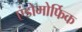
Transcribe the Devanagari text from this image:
एंडोमोर्फिक